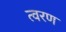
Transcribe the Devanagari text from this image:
त्‍वरण